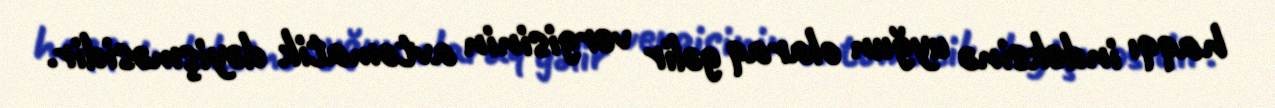
haqqı indeksinə uyğun olaraq gəlir vergisinin avtomatik dəyişməsidir.